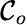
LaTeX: \mathcal{C}_{o}